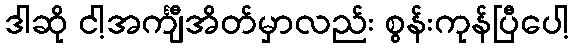
ဒါဆို ငါ့အင်္ကျီအိတ်မှာလည်း စွန်းကုန်ပြီပေါ့